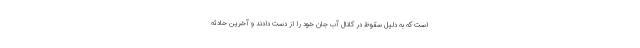
است که به دلیل سقوط در کانال آب جان خود را از دست دادند و آخرین حادثه